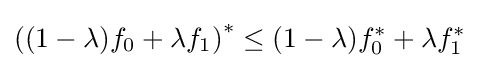
\left((1-\lambda )f_{0}+\lambda f_{1}\right)^{*}\leq (1-\lambda )f_{0}^{*}+\lambda f_{1}^{*}